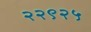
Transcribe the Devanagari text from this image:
२२९२५